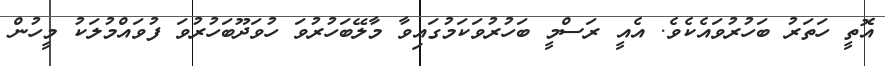
އޮތީ ހަތަރު ބަހުރުވައެކެވެ. އެއީ ރަސްމީ ބަހުރުވަކަމުގައިވާ މާލޭބަހުރުވަ ހުވަދޫބަހުރުވަ ފުވައްމުލަކު މީހުން